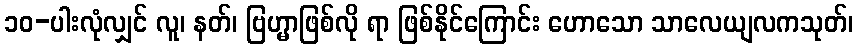
၁၀-ပါးလုံလျှင် လူ၊ နတ်၊ ဗြဟ္မာဖြစ်လို ရာ ဖြစ်နိုင်ကြောင်း ဟောသော သာလေယျလကသုတ်၊